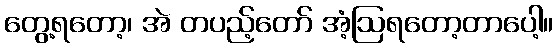
တွေ့ရတော့၊ အဲ တပည့်တော် အံ့ဩရတော့တာပေါ့။